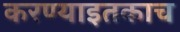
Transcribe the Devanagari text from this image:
करण्याइतकाच